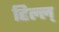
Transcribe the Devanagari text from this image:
हिल्ल्